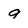
Character: 9